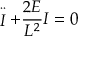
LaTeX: \stackrel { \cdot \cdot } { I } + \frac { 2 E } { L ^ { 2 } } I = 0